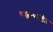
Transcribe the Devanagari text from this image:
पशूत्पादित